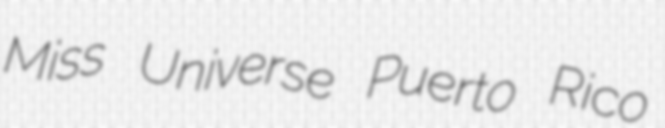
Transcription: Miss Universe Puerto Rico